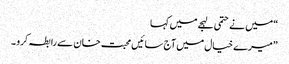
“ میں نے حتمی لہجے میں کہا
”میرے خیال میں آج سائیں محبت خان سے رابطہ کرو ۔